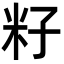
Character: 籽